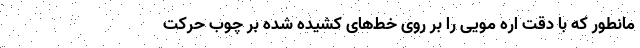
مانطور که با دقت اره مویی را بر روی خط‌های کشیده شده بر چوب حرکت